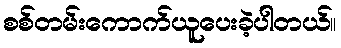
စစ်တမ်းကောက်ယူပေးခဲ့ပါတယ်။